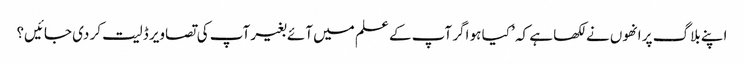
اپنے بلاگ پر انھوں نے لکھا ہے کہ ’ کیا ہو اگر آپ کے علم میں آئے بغیر آپ کی تصاویر ڈلیت کر دی جائیں؟